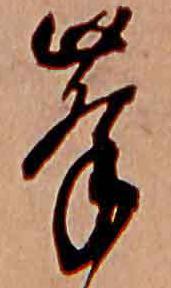
峯